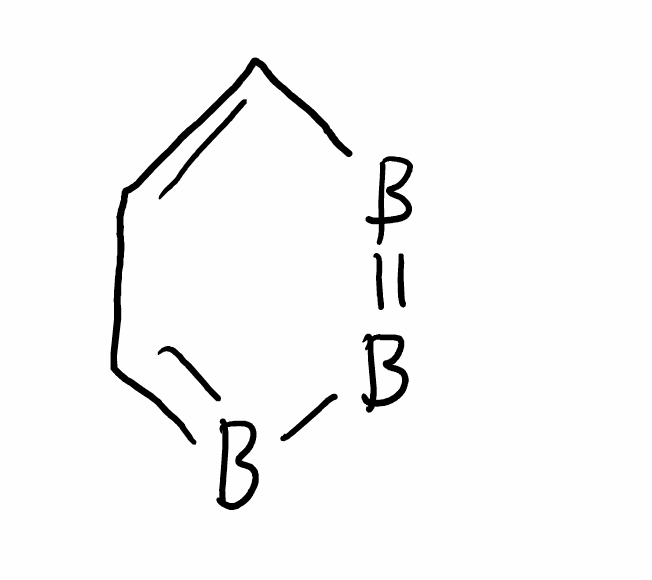
Simplified molecular-input line-entry system (SMILES) notation of the given molecule:
B1=BC=CC=B1